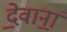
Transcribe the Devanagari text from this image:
दे॒वानां॒